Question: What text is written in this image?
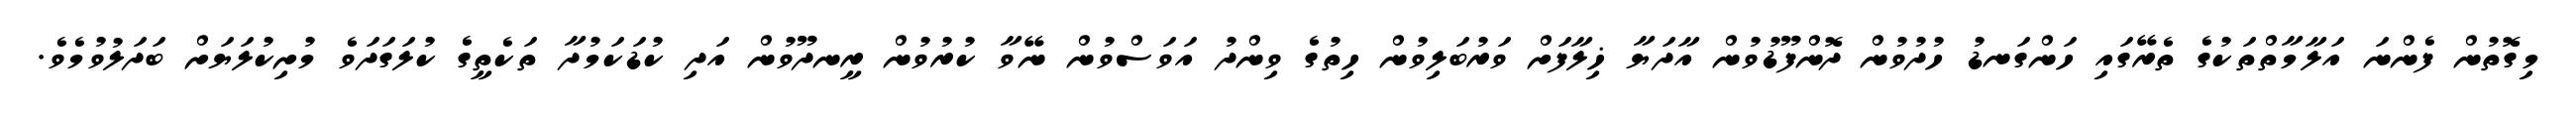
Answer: މިގޮތުން ފެންނަ އަލާމާތްތަކުގެ ތެރޭގައި ހަންގަނޑު ހުދުވުން ދޮންފޫޑުވުން އާދަޔާ ޚިލާފަށް ވަރުބަލިވުން ހިތުގެ ވިންދު އަވަސްވުން ނޭވާ ކުރުވުން ރީނދޫވުން އަދި ކުޑަކަމުދާ ތަކެތީގެ ކުލަގަދަވެ މުށިކުލަޔަށް ބަދަލުވުމެވެ.